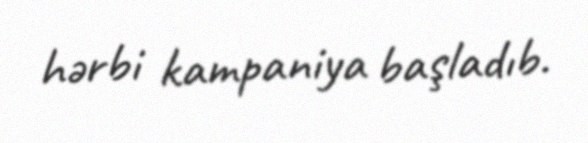
hərbi kampaniya başladıb.